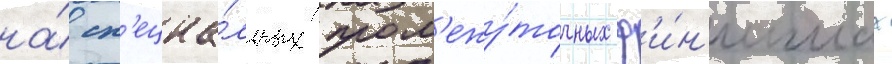
на́ сп'ециа́льных пром'ежу́точных ф'и́н'ишах